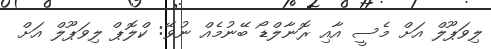
ލިވަޕޫލް އަށް މެސީ އާއި ރޮނާލްޑޯ ބޭނުމެއް ނުވޭ: ކްލޮޕް ލިވަޕޫލް އަށް